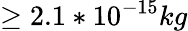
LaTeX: \ge 2.1*10^{-15}kg